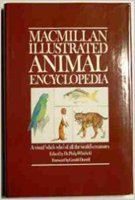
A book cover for Macmillan Illustrated Animal Encyclopedia; Ltd. Pan Macmillan; Reference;